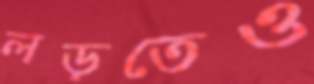
লড়তেও